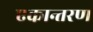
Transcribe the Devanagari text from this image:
एकान्तरण